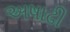
અષાઢી